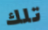
تلك